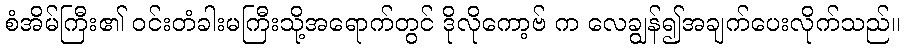
စံအိမ်ကြီး၏ ဝင်းတံခါးမကြီးသို့အရောက်တွင် ဒိုလိုကော့ဗ် က လေချွန်၍အချက်ပေးလိုက်သည်။